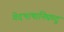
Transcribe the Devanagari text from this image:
वेदभाषानिघण्टु